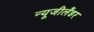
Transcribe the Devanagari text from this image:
न्यूजीलैंडर